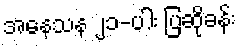
အနေသန ၂၁-ပါး ပြဆိုခန်း